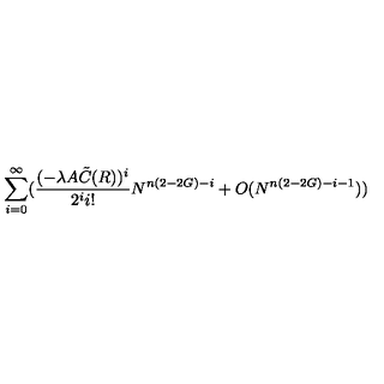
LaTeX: \sum _ { i = 0 } ^ { \infty } ( \frac { ( - \lambda A { \tilde { C } } ( R ) ) ^ { i } } { 2 ^ { i } i ! } N ^ { n ( 2 - 2 G ) - i } + O ( N ^ { n ( 2 - 2 G ) - i - 1 } ) )